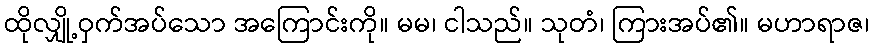
ထိုလျှို့ဝှက်အပ်သော အကြောင်းကို။ မမ၊ ငါသည်။ သုတံ၊ ကြားအပ်၏။ မဟာရာဇ၊